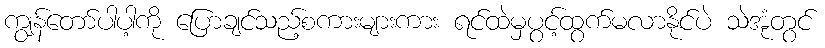
ကျွန်တော်ပါပါ့ကို ပြောချင်သည့်စကားများကား ရင်ထဲမှပွင့်ထွက်မလာနိုင်ပဲ သဲအုံတွင်